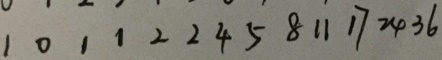
1 0 1 1 2 2 4 5 8 1 1 1 7 2 4 3 6